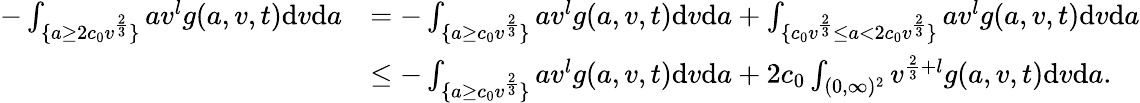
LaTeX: \begin{array}{rl}{-\int_{\{ a\geq 2c_{0}v^{\frac{2}{3}}\} }av^{l}g(a,v,t)\textup{d}v\textup{d}a}&{=-\int_{\{ a\geq c_{0}v^{\frac{2}{3}}\} }av^{l}g(a,v,t)\textup{d}v\textup{d}a+\int_{\{ c_{0}v^{\frac{2}{3}}\leq a<2c_{0}v^{\frac{2}{3}}\} }av^{l}g(a,v,t)\textup{d}v\textup{d}a}\\ &{\leq-\int_{\{ a\geq c_{0}v^{\frac{2}{3}}\} }av^{l}g(a,v,t)\textup{d}v\textup{d}a+2c_{0}\int_{(0,\infty)^{2}}v^{\frac{2}{3}+l}g(a,v,t)\textup{d}v\textup{d}a.}\end{array}